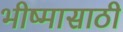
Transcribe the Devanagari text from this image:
भीष्मासाठी